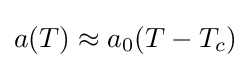
a(T)\approx a_{0}(T-T_{c})